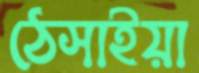
ঠেসাইয়া